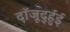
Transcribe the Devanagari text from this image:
दॉजूर्द्हुई